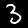
Label: 3